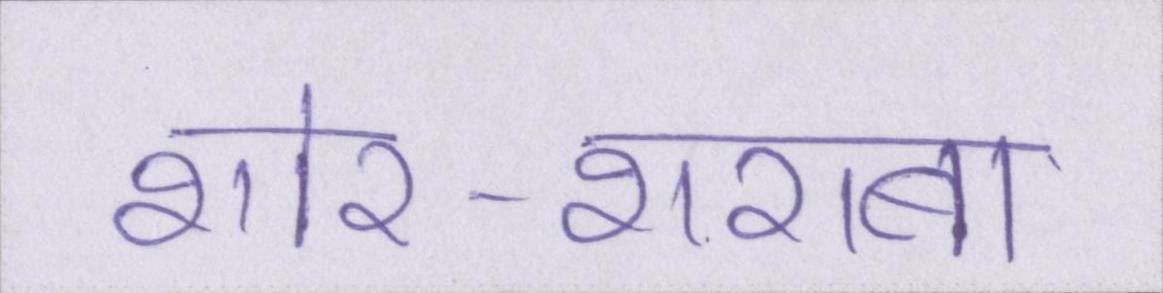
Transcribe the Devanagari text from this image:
शोर-शराबा